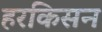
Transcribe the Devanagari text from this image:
हरकिसन